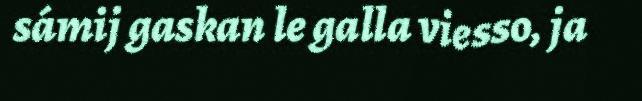
sámij gaskan le galla viesso, ja